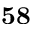
\mathbf { 5 8 }